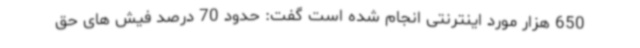
650 هزار مورد اینترنتی انجام شده است گفت: حدود 70 درصد فیش های حق